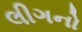
લીગનો